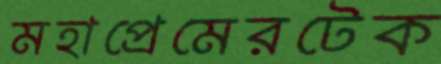
মহাপ্রেমেরটেক